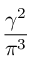
\frac { \gamma ^ { 2 } } { \pi ^ { 3 } }